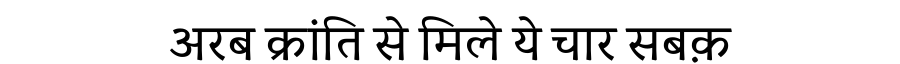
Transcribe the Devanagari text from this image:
अरब क्रांति से मिले ये चार सबक़